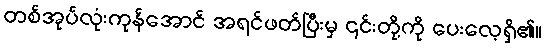
တစ်အုပ်လုံးကုန်အောင် အရင်ဖတ်ပြီးမှ ၎င်းတို့ကို ပေးလေ့ရှိ၏။